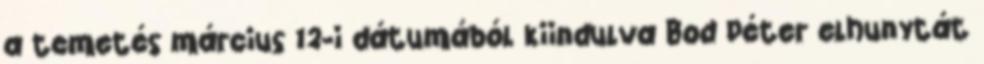
a temetés március 12-i dátumából kiindulva Bod Péter elhunytát